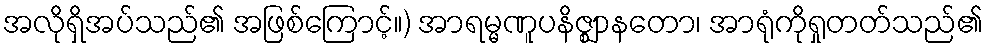
အလိုရှိအပ်သည်၏ အဖြစ်ကြောင့်။) အာရမ္မဏူပနိဇ္ဈာနတော၊ အာရုံကိုရှုတတ်သည်၏